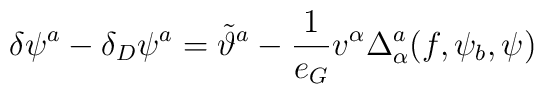
\delta\psi^a-\delta_D \psi^a = \tilde \vartheta^a - \frac{1}{e_G} v^\alpha\Delta_\alpha^a(f,\psi_b,\psi)